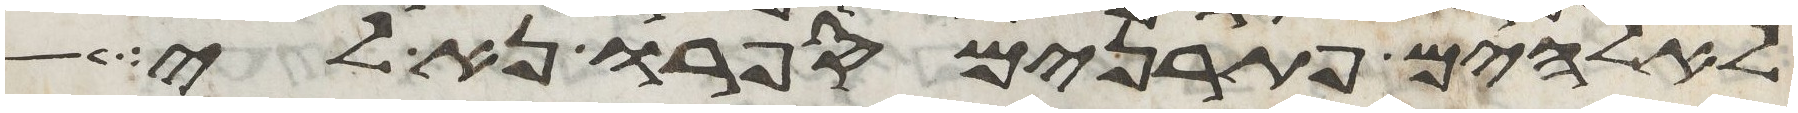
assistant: לאלהים פתרנים ספרו נא לי